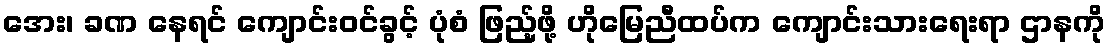
အေး၊ ခဏ နေရင် ကျောင်းဝင်ခွင့် ပုံစံ ဖြည့်ဖို့ ဟိုမြေညီထပ်က ကျောင်းသားရေးရာ ဌာနကို